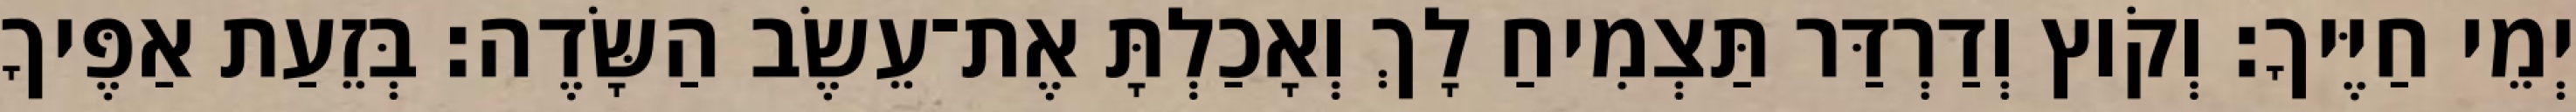
יְמֵי חַיֶּיךָ׃ וְקֹוץ וְדַרְדַּר תַּצְמִיחַ לָךְ וְאָכַלְתָּ אֶת־עֵשֶׂב הַשָּׂדֶה׃ בְּזֵעַת אַפֶּיךָ